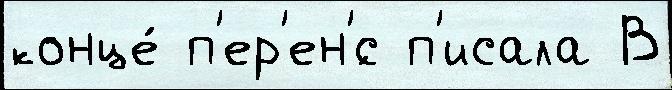
конце́ п'ер'ен'́с п'исала В